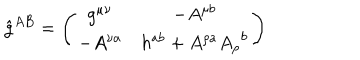
\hat { g } ^ { A B } = \left( \begin{array} { c c } { { g ^ { \mu \nu } } } & { { - A ^ { \mu b } } } \\ { { - A ^ { \nu a } } } & { { h ^ { a b } + A ^ { \rho a } { A _ { \rho } } ^ { b } } } \\ \end{array} \right)